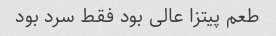
طعم پیتزا عالی بود فقط سرد بود